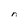
Character: r